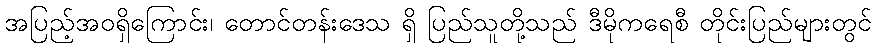
အပြည့်အဝရှိကြောင်း၊ တောင်တန်းဒေသ ရှိ ပြည်သူတို့သည် ဒီမိုကရေစီ တိုင်းပြည်များတွင်